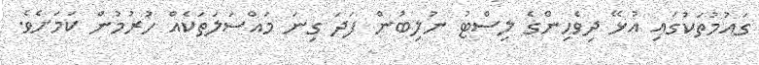
ގައުމުތަކުގައި އުޅޭ ދިވެހިންގެ ލިސްޓު ނުލިބުން ފަދަ ގިނަ މައްސަލަތަކެއް ހުރުމުން ކަމަށެވެ.